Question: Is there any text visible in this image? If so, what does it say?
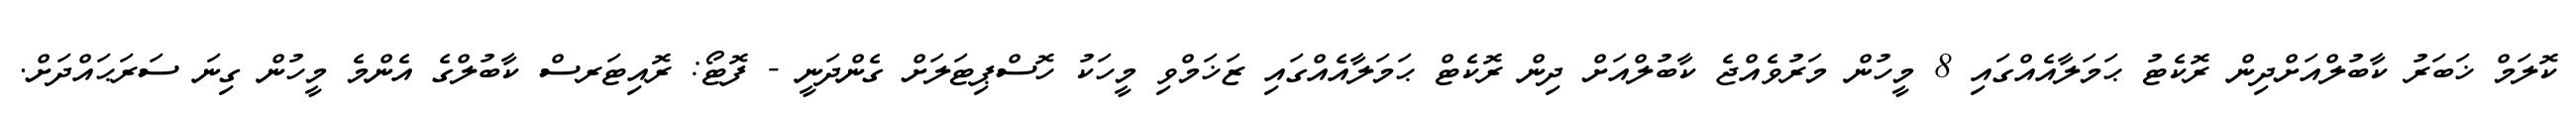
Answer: ކޮލަމް ޚަބަރު ކާބުލްއަށްދިން ރޮކެޓު ޙަމަލާއެއްގައި 8 މީހުން މަރުވެއްޖެ ކާބުލްއަށް ދިން ރޮކެޓް ޙަމަލާއެއްގައި ޒަޚަމްވި މީހަކު ހޮސްޕިޓަލަށް ގެންދަނީ - ފޮޓޯ: ރޮއިޓަރސް ކާބުލްގެ އެންމެ މީހުން ގިނަ ސަރަޙައްދަށް.